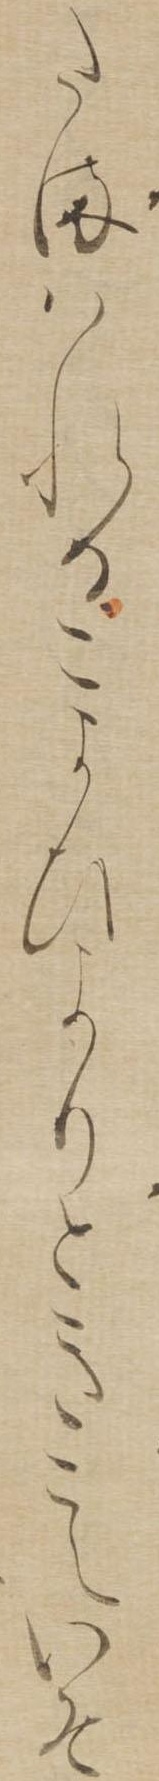
たまはれるこよひよりときこえいそ